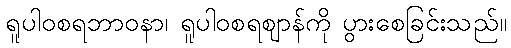
ရူပါဝစရဘာဝနာ၊ ရူပါဝစရဈာန်ကို ပွားစေခြင်းသည်။